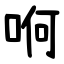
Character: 哬